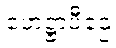
ဟေဋ္ဌာပီဌေ